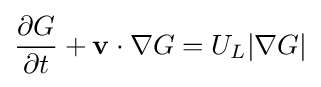
{\frac {\partial G}{\partial t}}+\mathbf {v} \cdot \nabla G=U_{L}|\nabla G|